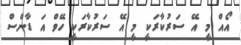
އޯއް މީ އޭ ސަރުކާރަކީ މީ އޭ ސަރުކާރަކީ ހޭވް އަ ޑާންސް